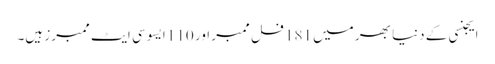
ایجنسی کے دنیا بھر میں 181 فل ممبر اور 110 ایسوسی ایٹ ممبرز ہیں۔